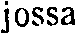
jossa